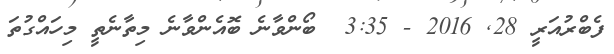
ފެބްރުއަރީ 28